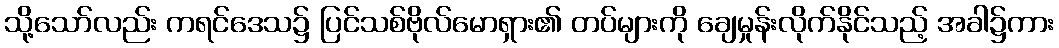
သို့သော်လည်း ကရင်ဒေသ၌ ပြင်သစ်ဗိုလ်မောရှား၏ တပ်များကို ချေမှုန်းလိုက်နိုင်သည့် အခါ၌ကား